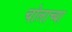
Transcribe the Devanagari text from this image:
चोलाच्या